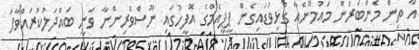
އާ ތިން މެންބަރުން މައުމޫންއާ ގުޅިވަޑައިގެން ޕީޕީއެމްގެ އޮފީހުގައި ނޫސްވެރިންނާ ވަނީ ބައްދަލުކުރައްވާފަ